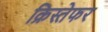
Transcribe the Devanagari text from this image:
क्रिस्तेफर